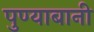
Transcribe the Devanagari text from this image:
पुण्याबानी